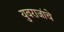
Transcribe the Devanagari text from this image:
युवराजांचे